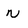
Character: N